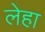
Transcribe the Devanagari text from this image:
लेहा